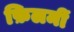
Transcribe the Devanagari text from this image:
फ़िलमीं